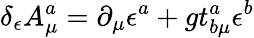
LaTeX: \delta_{\epsilon}A_{\mu}^{a}=\partial_{\mu}\epsilon^{a}+gt_{b\mu}^{a}\epsilon^{b}